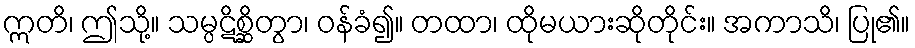
ဣတိ၊ ဤသို့။ သမ္ပဋိစ္ဆိတွာ၊ ဝန်ခံ၍။ တထာ၊ ထိုမယားဆိုတိုင်း။ အကာသိ၊ ပြု၏။